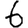
Digit: 6